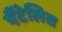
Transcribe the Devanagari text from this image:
पैंटेलिस